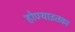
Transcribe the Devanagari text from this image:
होण्याइतका